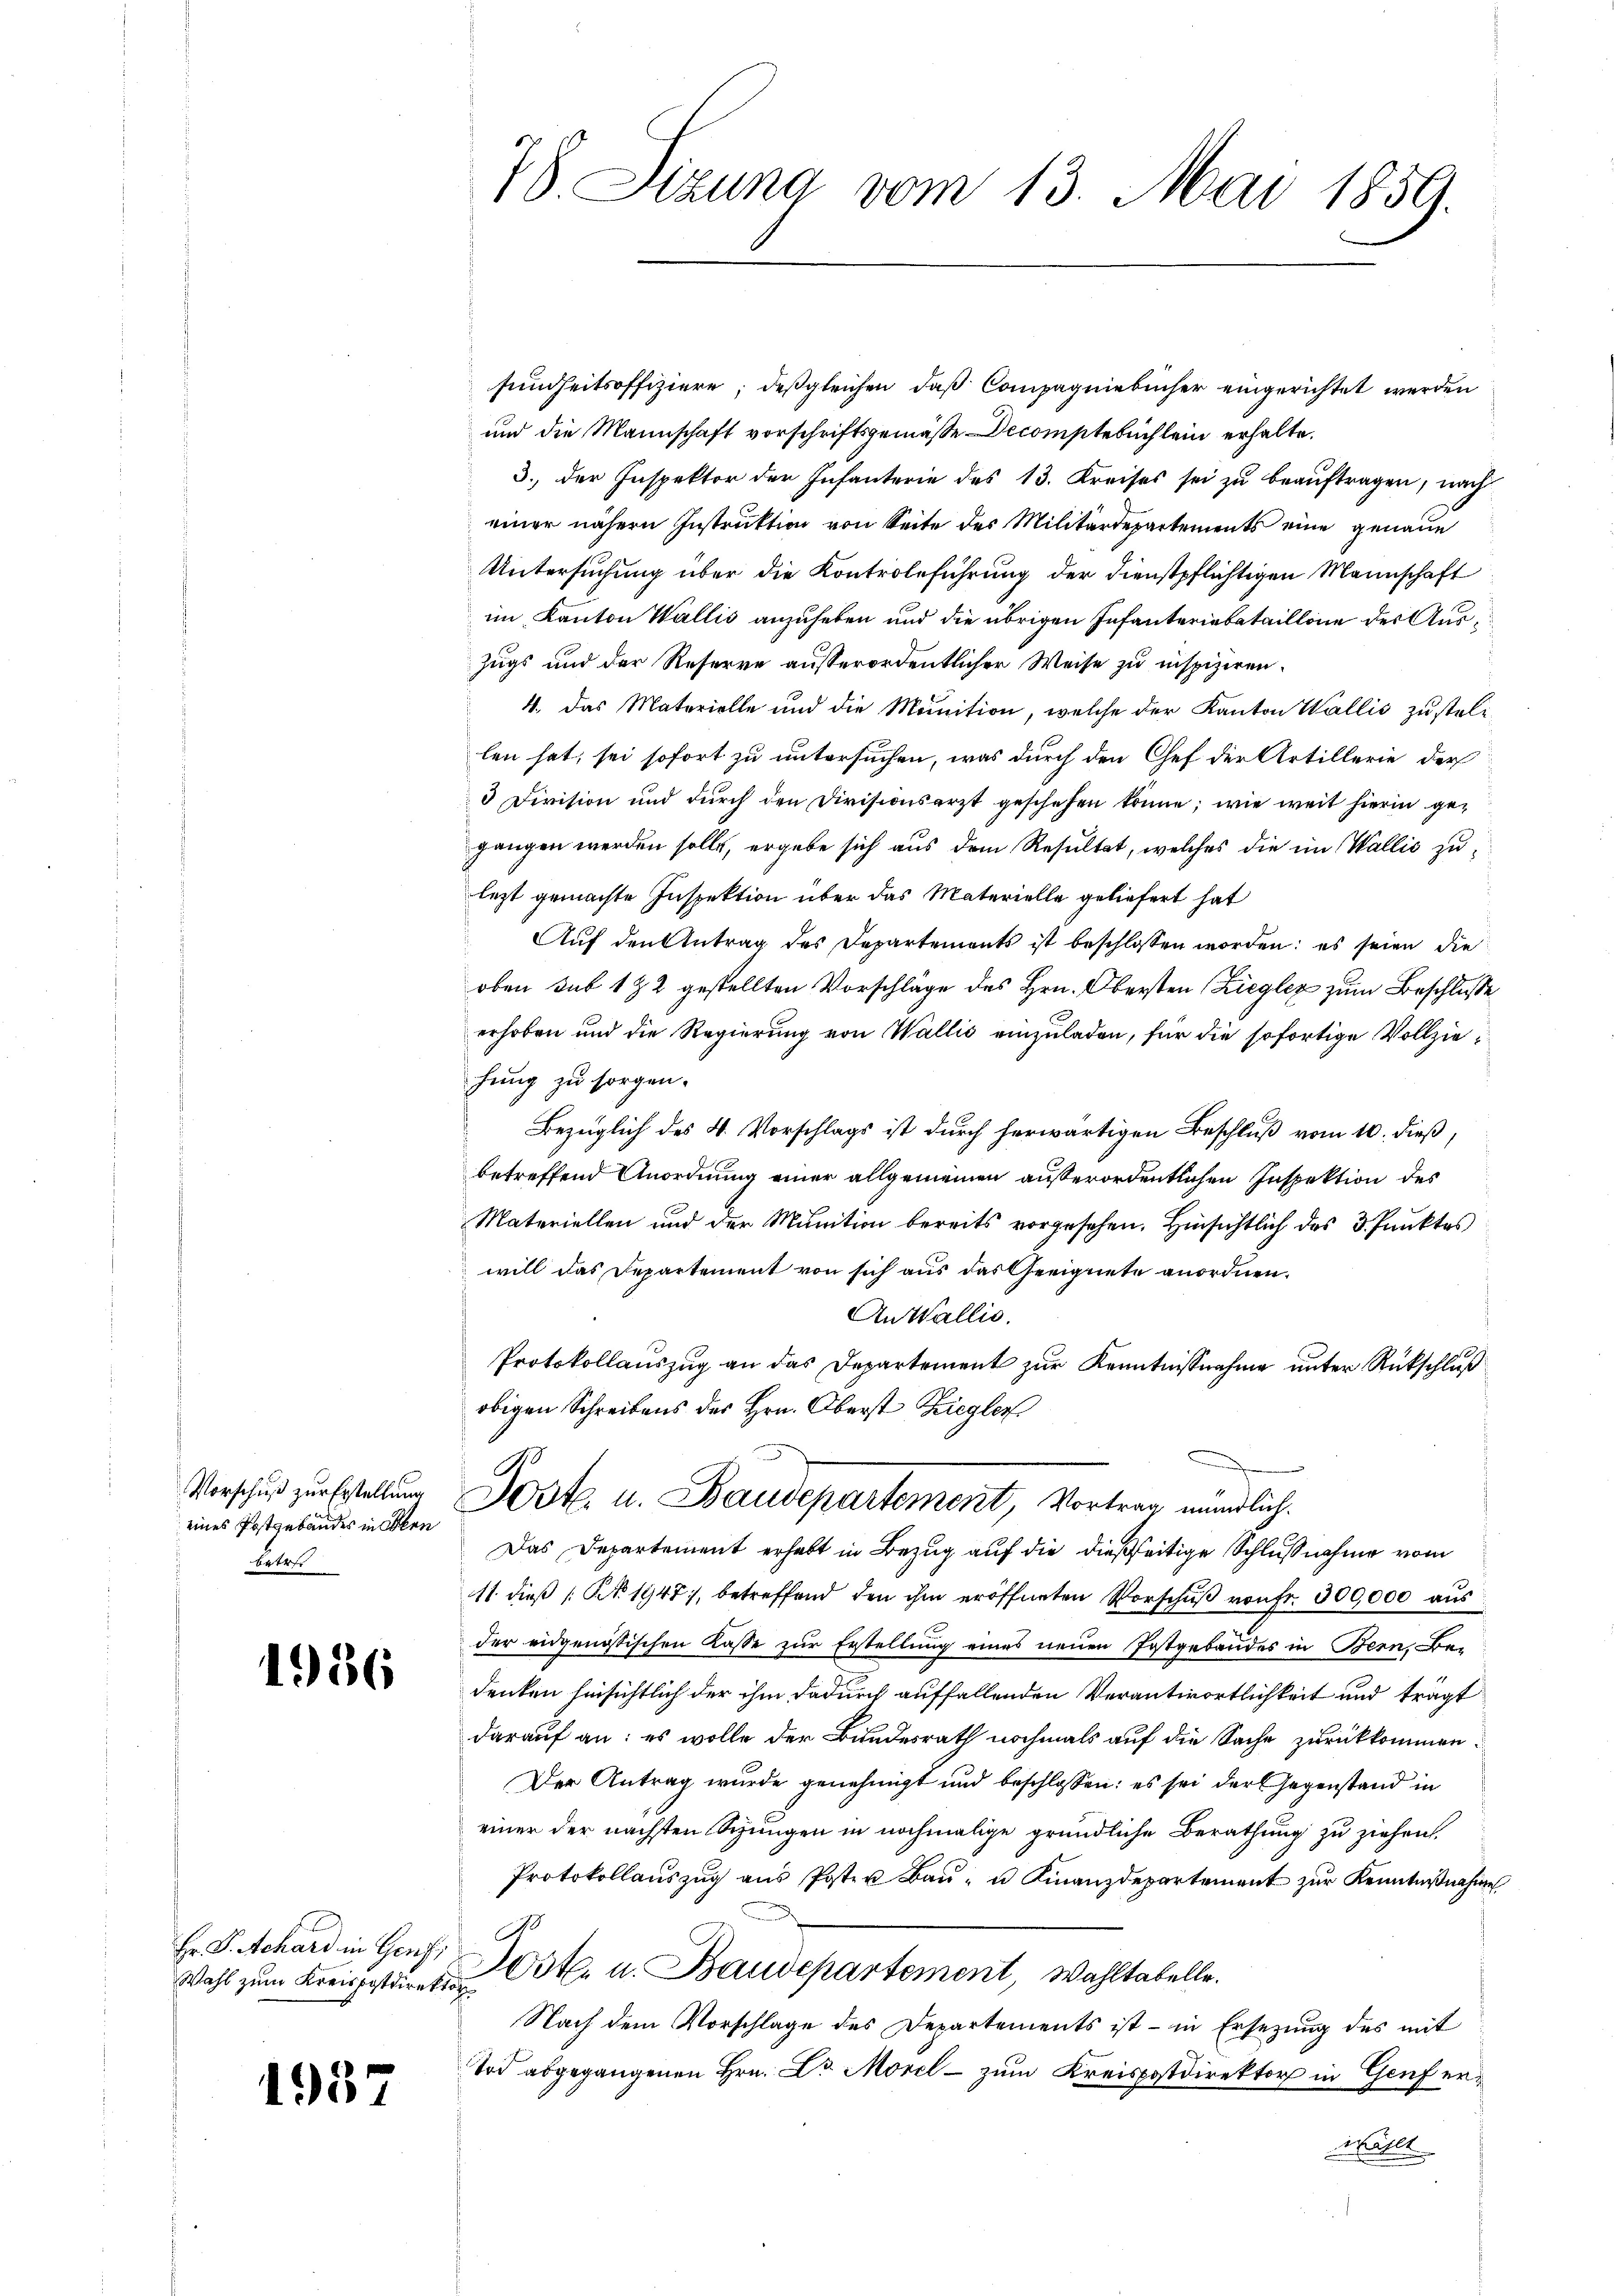
Vorschuß zur Erstellung
eines Postgebäudes in Oben
betr

1986

Hr. P. Schard in Genf, B
Wahl zum Kreispostdirektor

1937

78. Sizung vom 13. Mai 1859.

sundheitsoffiziere; deßgleichen, daß Compagniebücher eingerichtet werden
und die Mannschaft vorschriftsgemäße Decomptebüchlein erhalte.
3., der Inspektor der Infanterie des 13. Kreises sei zu beauftragen, nach
einer nähern Instruktion von Seite des Militärdepartements eine genaue
Untersuchung über die Kontroleführung der Dienstpflichtigen Mannschaft
im Kanton Wallis anzuheben und die übrigen Infanteriebataillone der Auszugs und der Reserve ausserordentlicher Weise zu nspiziren.
4. Das Materielle und die Munition, welche der Kanton Wallis zustellen hat, sei sofort zu untersuchen, was durch den Chef der Artillerie der
3 Division und durch den Divisionsarzt geschehen könne; wie weit hierin gegangen werden solle, ergebe sich aus dem Resultat, welches die im Wallis zulezt gemachte Inspektion über das Materielle geliefert hat
Auf den Antrag des Departements ist beschlossen worden; es seien die
oben sub 182 gestellten Vorschläge des Hrn. Obersten (Ziegler zum Beschluße
erhoben und die Regierung von Wallis einzuladen, für die sofortige Vollziehung zu sorgen.
Bezüglich des 4. Vorschlags ist durch herwärtigen Beschluß vom 10. dieß,
betreffend Anordnung einer allgemeinen außerordentlichen Inspektion des
Materiellen und der Munition bereits vorgesehen. Hinsichtlich des 3. Punktes
will das Departement von sich aus das Geeignete anordnen.
An Wallis.
Protokollauszug an das Departement zur Kenntnißnahme unter Rückschluß
obigen Schreibens des Hrn. Oberst Ziegler
d
Jost u. Baudepartement, Vortrag mündlich.
Das Departement erhebt in Bezug auf die dießseitige Schlußnahme vom
11. dieβ Nr. 1947), betreffend den ihm eröffneten Vorschŭβ von fr. 300,000 aus
der eidgenössischen Kasse zur Erstellung eines neuen Postgebäudes in Bern. Bei
denken hinsichtlich der ihm dadurch auffallenden Verantwortlichkeit und trägt
darauf an: es wolle der Bundesrath nochmals auf die Sache zurückkommen
Der Antrag wurde genehmigt und beschlossen: es sei der Gegenstand in
einer der nächsten Schungen in nochmalige gründliche Berathung zu ziehen,
Protokollaŭszŭg aŭs Poster Baŭ- u Finanzdepartement zur Kenntnißnahm
Nste. u. Baudepartement, Wahltabelle.
Nach dem Vorschlage des Departements ist - in Ersezung des mit
Tod abgegangenen Hrn. Dr. Morel - zum Kreispostdirektor in Genf er¬
Mällt